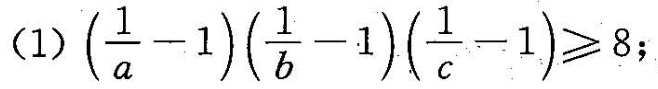
(1) $$( \frac { 1 } { a } -1 ) ( \frac { 1 } { b } -1 ) ( \frac { 1 } { c } -1 ) \geqslant 8$$;